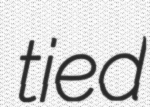
tied